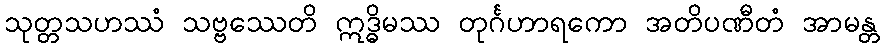
သုတ္တသဟဿံ သဗ္ဗဿေတိ ဣဒ္ဓိမဿ တုင်္ဂဟာရကော အတိပဏီတံ အာမန္တ